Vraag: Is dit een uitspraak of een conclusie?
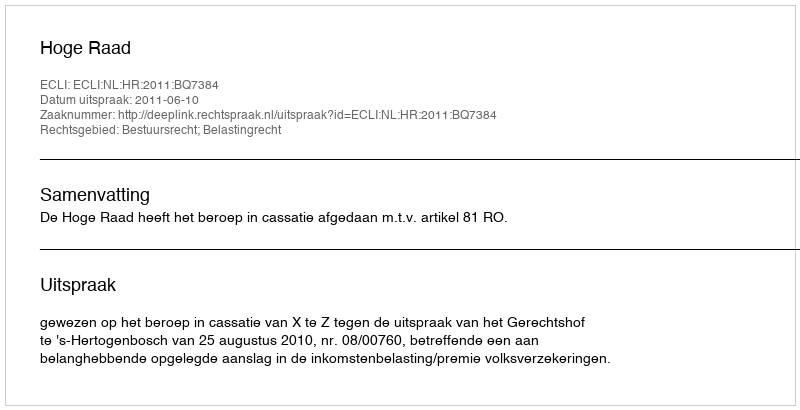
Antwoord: Uitspraak